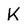
Character: K